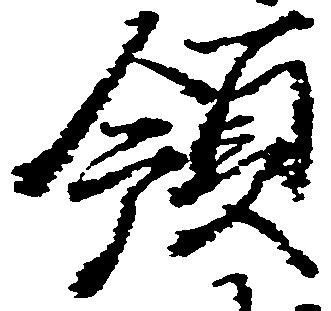
領